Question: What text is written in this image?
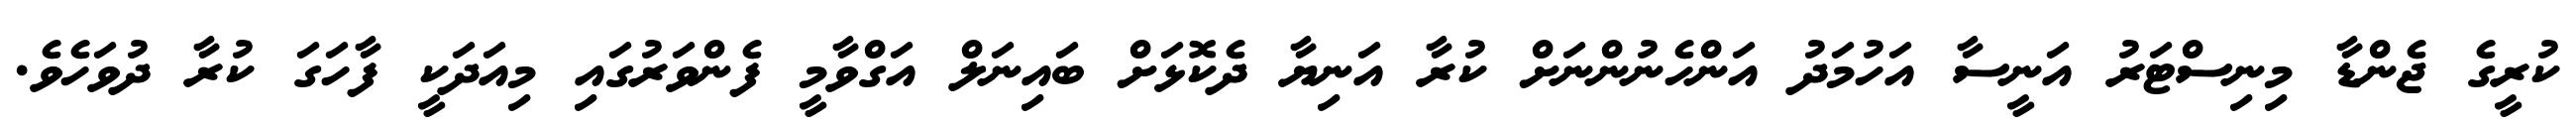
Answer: ކުރީގެ ޖެންޑާ މިނިސްޓަރު އަނީސާ އަހުމަދު އަންހެނުންނަށް ކުރާ އަނިޔާ ދެކޮޅަށް ބައިނަލް އަގްވާމީ ފެންވަރުގައި މިއަދަކީ ފާހަގަ ކުރާ ދުވަހެވެ.